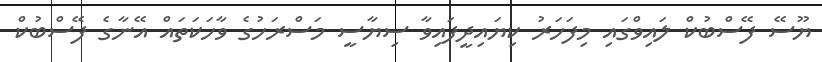
ޔޫސޭ ފޭސްބުކް ލައިވްގައި މިފަހަރު ކިޔައިދީފައިވާ ސިޔާސީ މަސްރަހުގެ ވާހަކަތައް އޭނާގެ ފޭސްބުކް